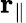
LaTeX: \mathbf{r}_{\parallel}